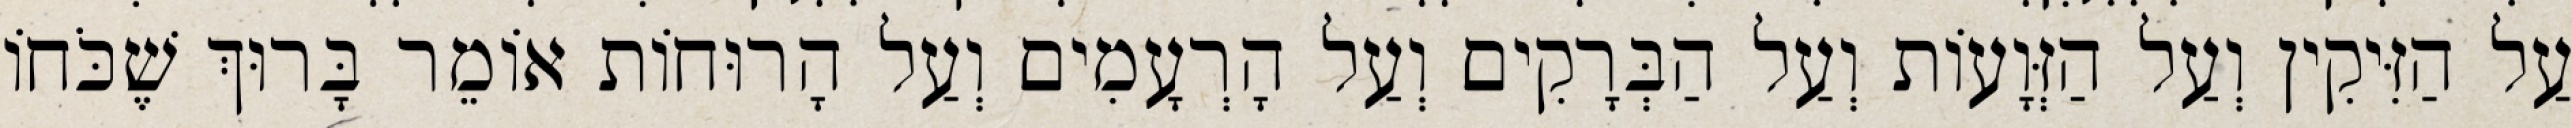
עַל הַזִּיקִין וְעַל הַזְּוָעוֹת וְעַל הַבְּרָקִים וְעַל הָרְעָמִים וְעַל הָרוּחוֹת אוֹמֵר בָּרוּךְ שֶׁכֹּחוֹ